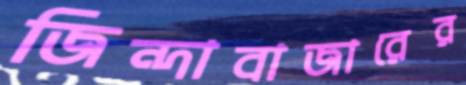
জিন্দাবাজারের